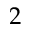
2